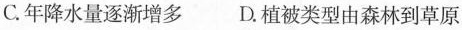
C.年降水量逐渐增多 D.植被类型由森林到草原